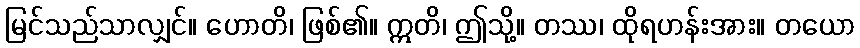
မြင်သည်သာလျှင်။ ဟောတိ၊ ဖြစ်၏။ ဣတိ၊ ဤသို့။ တဿ၊ ထိုရဟန်းအား။ တယော